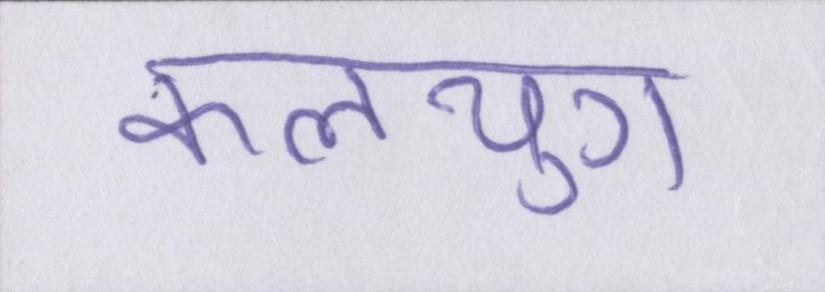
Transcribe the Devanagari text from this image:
कलयुग